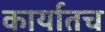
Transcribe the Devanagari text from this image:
कार्यातच